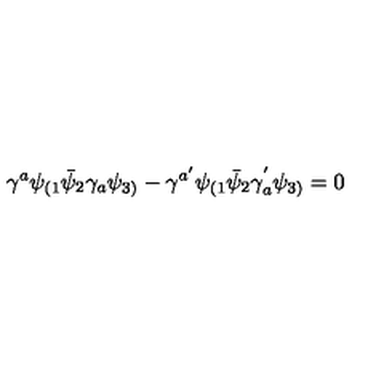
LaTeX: \gamma ^ { a } \psi _ { ( 1 } \bar { \psi } _ { 2 } \gamma _ { a } \psi _ { 3 ) } - \gamma ^ { a ^ { \prime } } \psi _ { ( 1 } \bar { \psi } _ { 2 } \gamma _ { a } ^ { ' } \psi _ { 3 ) } = 0